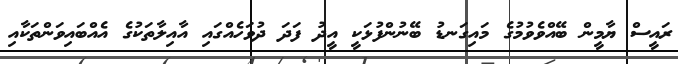
ރައީސް ޔާމީން ބޭއްވެވުމުގެ މައިގަނޑު ބޭނުންފުޅަކީ އީދު ފަދަ ދުވަހެއްގައި އާއިލާތަކުގެ އެއްބައިވަންތަކާއި